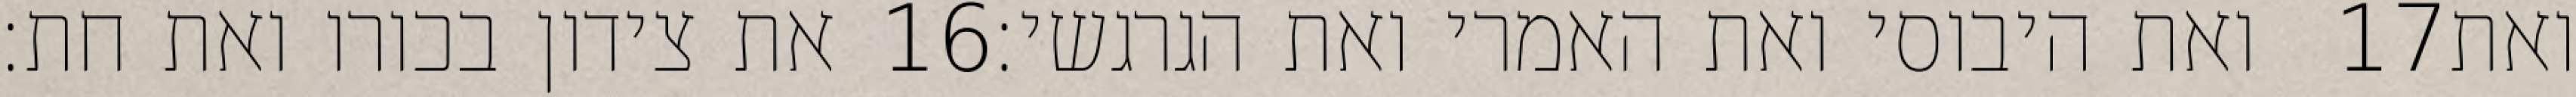
את צידון בכורו ואת חת׃ ‎16‏ ואת היבוסי ואת האמרי ואת הגרגשי׃ ‎17‏ ואת